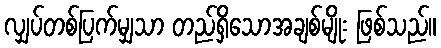
လျှပ်တစ်ပြက်မျှသာ တည်ရှိသောအချစ်မျိုး ဖြစ်သည်။